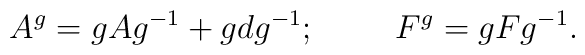
A^{g}=gAg^{-1}+gdg^{-1};\hspace{1.0cm} F^{g}=gFg^{-1}.